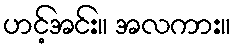
ဟင့်အင်း။ အလကား။